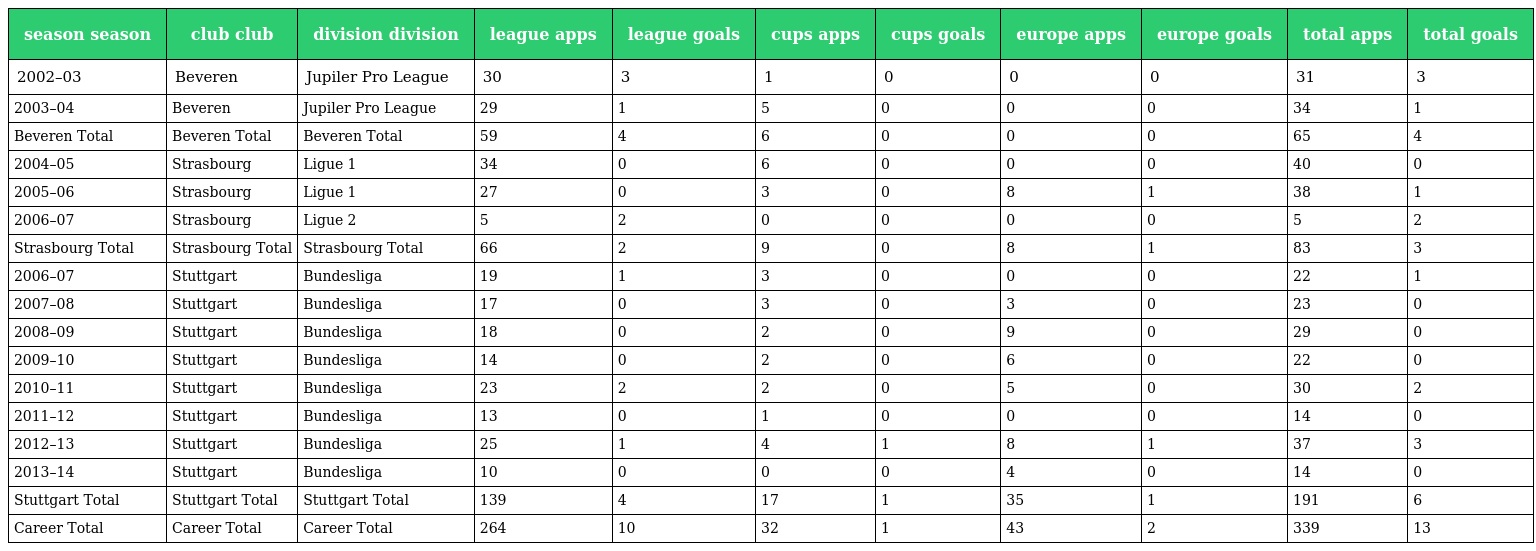
| season season | club club | division division | league apps | league goals | cups apps | cups goals | europe apps | europe goals | total apps | total goals |
 | --- | --- | --- | --- | --- | --- | --- | --- | --- | --- | --- |
 | 2002–03 | Beveren | Jupiler Pro League | 30 | 3 | 1 | 0 | 0 | 0 | 31 | 3 |
 | 2003–04 | Beveren | Jupiler Pro League | 29 | 1 | 5 | 0 | 0 | 0 | 34 | 1 |
 | Beveren Total | Beveren Total | Beveren Total | 59 | 4 | 6 | 0 | 0 | 0 | 65 | 4 |
 | 2004–05 | Strasbourg | Ligue 1 | 34 | 0 | 6 | 0 | 0 | 0 | 40 | 0 |
 | 2005–06 | Strasbourg | Ligue 1 | 27 | 0 | 3 | 0 | 8 | 1 | 38 | 1 |
 | 2006–07 | Strasbourg | Ligue 2 | 5 | 2 | 0 | 0 | 0 | 0 | 5 | 2 |
 | Strasbourg Total | Strasbourg Total | Strasbourg Total | 66 | 2 | 9 | 0 | 8 | 1 | 83 | 3 |
 | 2006–07 | Stuttgart | Bundesliga | 19 | 1 | 3 | 0 | 0 | 0 | 22 | 1 |
 | 2007–08 | Stuttgart | Bundesliga | 17 | 0 | 3 | 0 | 3 | 0 | 23 | 0 |
 | 2008–09 | Stuttgart | Bundesliga | 18 | 0 | 2 | 0 | 9 | 0 | 29 | 0 |
 | 2009–10 | Stuttgart | Bundesliga | 14 | 0 | 2 | 0 | 6 | 0 | 22 | 0 |
 | 2010–11 | Stuttgart | Bundesliga | 23 | 2 | 2 | 0 | 5 | 0 | 30 | 2 |
 | 2011–12 | Stuttgart | Bundesliga | 13 | 0 | 1 | 0 | 0 | 0 | 14 | 0 |
 | 2012–13 | Stuttgart | Bundesliga | 25 | 1 | 4 | 1 | 8 | 1 | 37 | 3 |
 | 2013–14 | Stuttgart | Bundesliga | 10 | 0 | 0 | 0 | 4 | 0 | 14 | 0 |
 | Stuttgart Total | Stuttgart Total | Stuttgart Total | 139 | 4 | 17 | 1 | 35 | 1 | 191 | 6 |
 | Career Total | Career Total | Career Total | 264 | 10 | 32 | 1 | 43 | 2 | 339 | 13 |